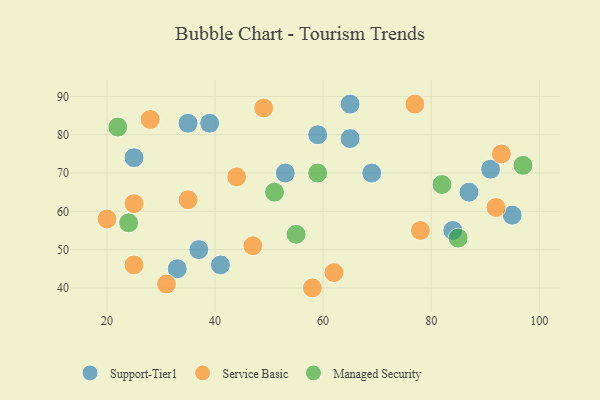
{"axis": {"x": "GDP", "y": "Life Expectancy"}, "legend": ["Managed Security", "Service Basic", "Support-Tier1"], "data": [{"x": "95", "y": 59, "type": "Support-Tier1"}, {"x": "39", "y": 83, "type": "Support-Tier1"}, {"x": "87", "y": 65, "type": "Support-Tier1"}, {"x": "25", "y": 74, "type": "Support-Tier1"}, {"x": "41", "y": 46, "type": "Support-Tier1"}, {"x": "65", "y": 88, "type": "Support-Tier1"}, {"x": "33", "y": 45, "type": "Support-Tier1"}, {"x": "59", "y": 80, "type": "Support-Tier1"}, {"x": "65", "y": 79, "type": "Support-Tier1"}, {"x": "37", "y": 50, "type": "Support-Tier1"}, {"x": "91", "y": 71, "type": "Support-Tier1"}, {"x": "84", "y": 55, "type": "Support-Tier1"}, {"x": "69", "y": 70, "type": "Support-Tier1"}, {"x": "35", "y": 83, "type": "Support-Tier1"}, {"x": "53", "y": 70, "type": "Support-Tier1"}, {"x": "28", "y": 84, "type": "Service Basic"}, {"x": "44", "y": 69, "type": "Service Basic"}, {"x": "31", "y": 41, "type": "Service Basic"}, {"x": "25", "y": 46, "type": "Service Basic"}, {"x": "25", "y": 62, "type": "Service Basic"}, {"x": "49", "y": 87, "type": "Service Basic"}, {"x": "47", "y": 51, "type": "Service Basic"}, {"x": "93", "y": 75, "type": "Service Basic"}, {"x": "78", "y": 55, "type": "Service Basic"}, {"x": "77", "y": 88, "type": "Service Basic"}, {"x": "62", "y": 44, "type": "Service Basic"}, {"x": "92", "y": 61, "type": "Service Basic"}, {"x": "58", "y": 40, "type": "Service Basic"}, {"x": "20", "y": 58, "type": "Service Basic"}, {"x": "35", "y": 63, "type": "Service Basic"}, {"x": "59", "y": 70, "type": "Managed Security"}, {"x": "97", "y": 72, "type": "Managed Security"}, {"x": "51", "y": 65, "type": "Managed Security"}, {"x": "24", "y": 57, "type": "Managed Security"}, {"x": "55", "y": 54, "type": "Managed Security"}, {"x": "85", "y": 53, "type": "Managed Security"}, {"x": "22", "y": 82, "type": "Managed Security"}, {"x": "82", "y": 67, "type": "Managed Security"}]}